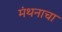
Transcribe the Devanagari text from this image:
मंथनाचा